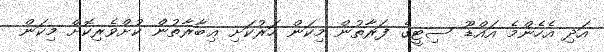
އަދި އެހެންމެ އައްޑޫ ސިޓީގެ ފަރާތުން މިކަން ހަރުކަށި ޢިބާރާތުން ކުށްވެރިކޮށް މިކަން